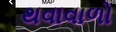
થવાવાળો